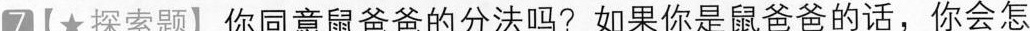
7【★探索题】你同意鼠爸爸的分法吗?如果你是鼠爸爸的话，你会怎